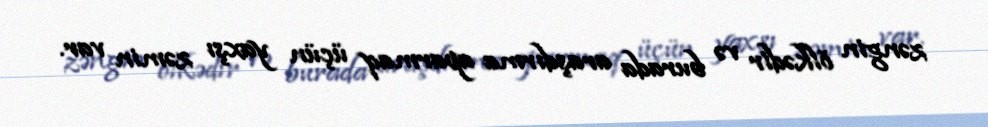
zəngin ölkədir və burada araşdırma aparmaq üçün yaxşı zəmin var.